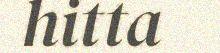
hitta